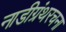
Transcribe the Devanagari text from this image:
नाडीग्रंथरचना